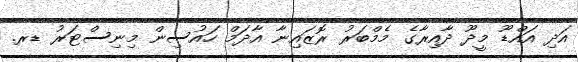
އަދި އައްޑޫ މީދޫ ދާއިރާގެ މެމްބަރު ރޮޒައިނާ އާދަމް ހައުސިން މިނިސްޓަރު ޑރ.